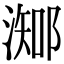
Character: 𣻩